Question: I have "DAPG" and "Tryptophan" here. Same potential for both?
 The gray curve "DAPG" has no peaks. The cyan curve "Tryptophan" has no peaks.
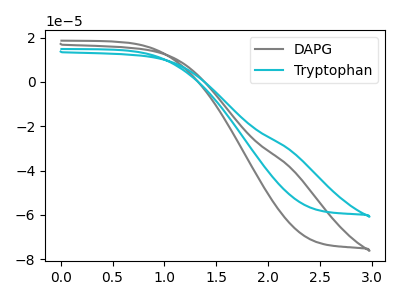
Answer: <think>Neither "DAPG" or "Tryptophan" have any peaks.
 </think>
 <answer>"DAPG" and "Tryptophan" are similar in shape.</answer>
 <eval>same_shape</eval>